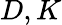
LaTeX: D,K